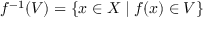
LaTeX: f ^ { - 1 } ( V ) = \{ x \in X \; | \; f ( x ) \in V \}